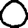
Digit: 0